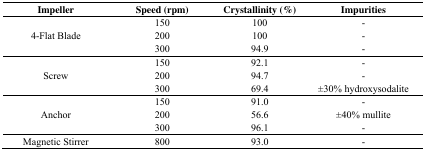
| Impeller | Speed (rpm) | Crystallinity (%) | Impurities |
 | --- | --- | --- | --- |
 | <ROWSPAN=3> 4-Flat Blade | 150 | 100 | - |
 | 200 | 100 | - |
 | 300 | 94.9 | - |
 | <ROWSPAN=3> Screw | 150 | 92.1 | - |
 | 200 | 94.7 | - |
 | 300 | 69.4 | ±30% hydroxysodalite |
 | <ROWSPAN=3> Anchor | 150 | 91.0 | - |
 | 200 | 56.6 | ±40% mullite |
 | 300 | 96.1 | - |
 | Magnetic Stirrer | 800 | 93.0 | - |